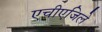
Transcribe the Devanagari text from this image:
एचीएजिले